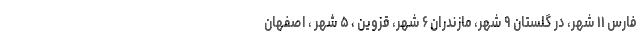
فارس ۱۱ شهر، در گلستان ۹ شهر، مازندران ۶ شهر، قزوین ، ۵ شهر ، اصفهان